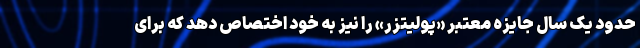
حدود یک سال جایزه معتبر «پولیتزر» را نیز به خود اختصاص دهد که برای